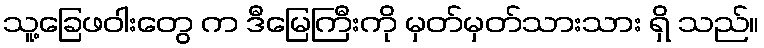
သူ့ခြေဖဝါးတွေ က ဒီမြေကြီးကို မှတ်မှတ်သားသား ရှိ သည်။